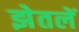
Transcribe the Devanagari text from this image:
झेतलें